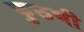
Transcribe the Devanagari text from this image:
कुछभी